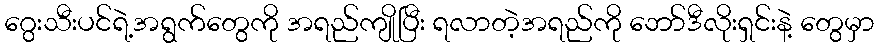
ဂွေးသီးပင်ရဲ့အရွက်တွေကို အရည်ကျိုပြီး ရလာတဲ့အရည်ကို ဘော်ဒီလိုးရှင်းနဲ့ တွေမှာ